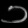
Digit: ၁